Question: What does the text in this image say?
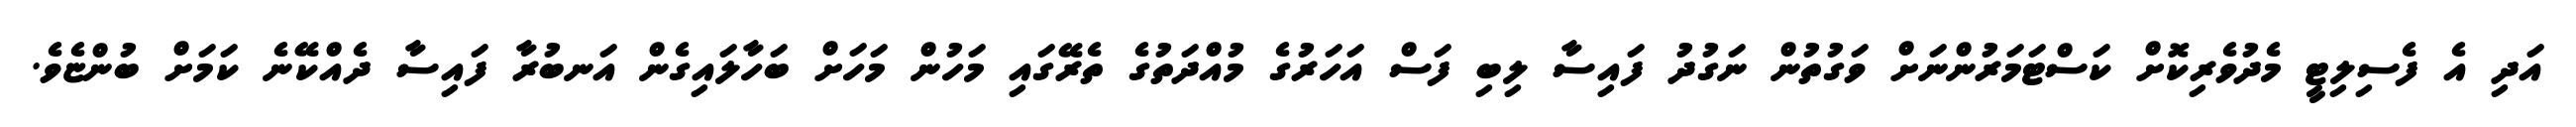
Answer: އަދި އެ ފެސިލިޓީ މެދުވެރިކޮށް ކަސްޓަމަރުންނަށް ވަގުތުން ނަގުދު ފައިސާ ލިބި ފަސް އަހަރުގެ މުއްދަތުގެ ތެރޭގައި މަހުން މަހަށް ބަހާލައިގެން އަނބުރާ ފައިސާ ދެއްކޭނެ ކަމަށް ބުންޏެވެ.